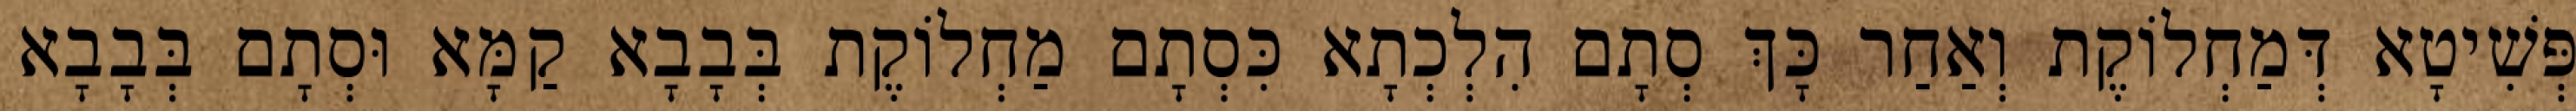
פְּשִׁיטָא דְּמַחְלוֹקֶת וְאַחַר כָּךְ סְתָם הִלְכְתָא כִּסְתָם מַחְלוֹקֶת בְּבָבָא קַמָּא וּסְתָם בְּבָבָא